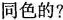
同色的?